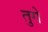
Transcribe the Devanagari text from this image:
तुगे